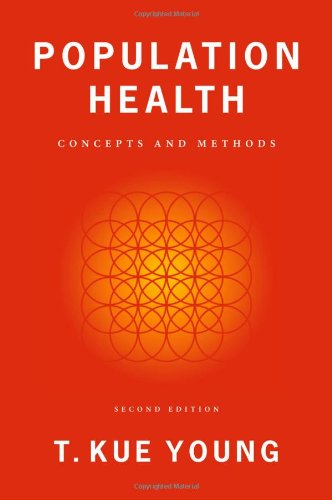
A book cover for Population Health: Concepts and Methods; T. Kue Young; Medical Books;